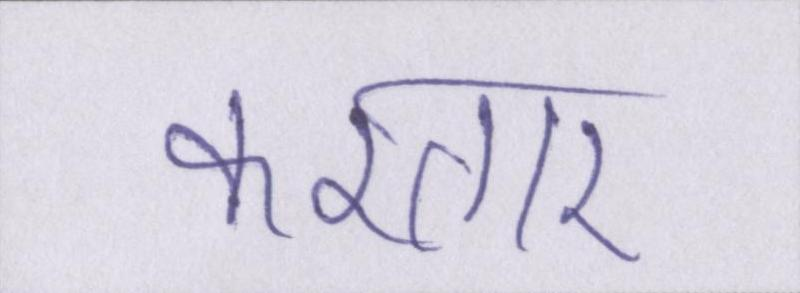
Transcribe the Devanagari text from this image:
करतार